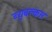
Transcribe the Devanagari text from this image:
ब्युबल्कस